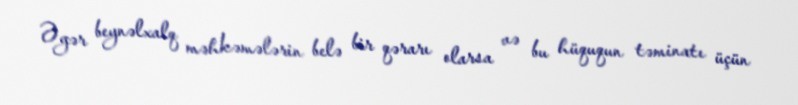
Əgər beynəlxalq məhkəmələrin belə bir qərarı olarsa və bu hüququn təminatı üçün